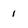
Character: 1